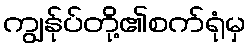
ကျွန်ုပ်တို့၏စက်ရုံမှ